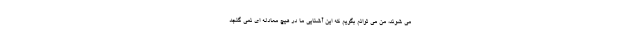
می شوند، من می توانم بگویم که این آشنایی ما در هیچ معادله ای نمی گنجد